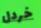
خردل